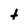
Character: t